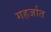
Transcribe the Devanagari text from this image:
गहर्जात